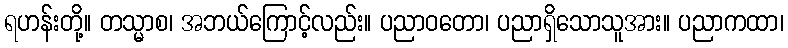
ရဟန်းတို့။ တသ္မာစ၊ အဘယ်ကြောင့်လည်း။ ပညာဝတော၊ ပညာရှိသောသူအား။ ပညာကထာ၊